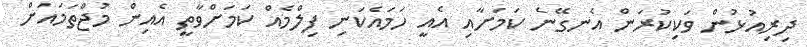
ދިރިއުޅުން ވަކިކުރަން އެނގޭނެ ކަމަށާއި އެއީ ހަމައެކަނި ފިލްމެއް ކަމަށްވާތީ އެއިން މުޖްތަމައަށް